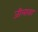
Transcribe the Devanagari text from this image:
जीलाका